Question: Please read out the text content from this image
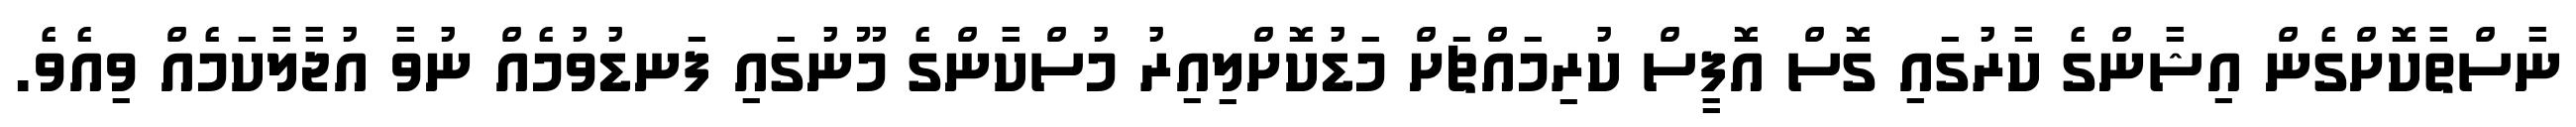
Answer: ނާސްތާކޮށްގެން އިޝާންގެ ކާރުގައި ގޮސް އޮފީސް ކުރިމައްޗަށް މަޑުކޮށްލިއިރު މުސްކާންގެ މޫނުގައި ފަނޑުވުމެއް ނުވާ އުޖާލާކަމެއް ވިއެވެ.